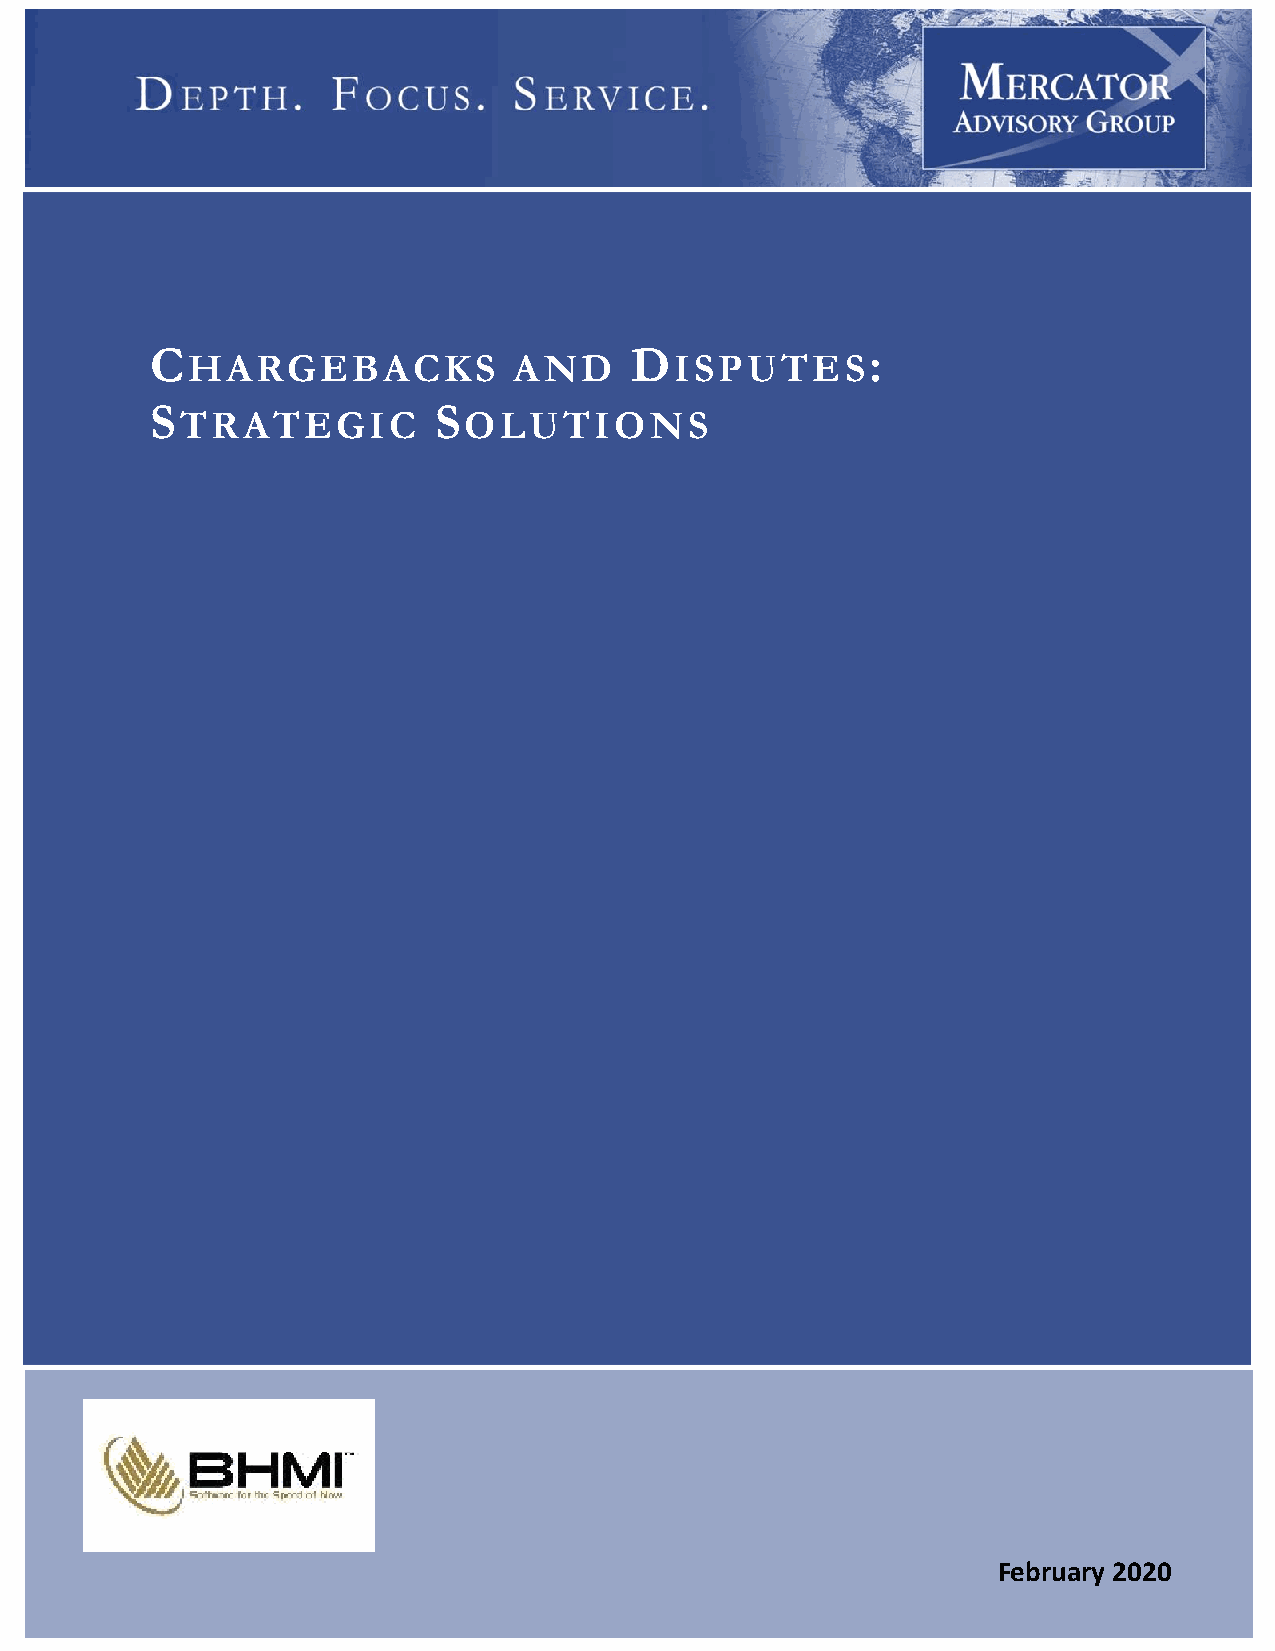
C                               D               :
 HARGEBACKS            AND        ISPUTES
 S                  S
 TRATEGIC           OLUTIONS
 1
 February 2020